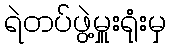
ရဲတပ်ဖွဲ့မှူးရုံးမှ